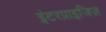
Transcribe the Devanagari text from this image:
इंटरप्राइजिज़